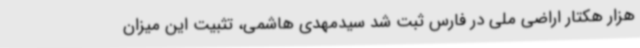
هزار هکتار اراضی ملی در فارس ثبت شد سیدمهدی هاشمی، تثبیت این میزان